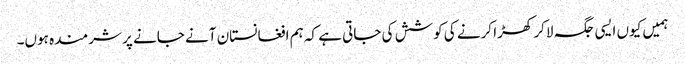
ہمیں کیوں ایسی جگہ لاکر کھڑا کرنے کی کوشش کی جاتی ہے کہ ہم افغانستان آنے جانے پر شرمندہ ہوں۔